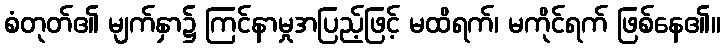
စံတုတ်၏ မျက်နှာ၌ ကြင်နာမှုအပြည့်ဖြင့် မထိရက်၊ မကိုင်ရက် ဖြစ်နေ၏။